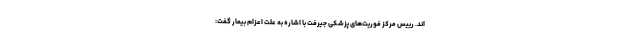
اند. رییس مرکز فوریت‌های پزشکی جیرفت با اشاره به علت اعزام بیمار گفت: